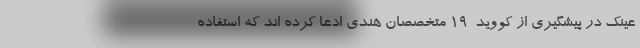
عینک در پیشگیری از کووید-۱۹ متخصصان هندی ادعا کرده اند که استفاده